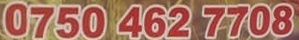
0750 462 7708